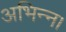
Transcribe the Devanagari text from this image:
अभिन्न।